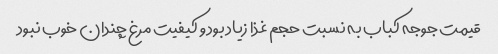
قیمت جوجه کباب به نسبت حجم غذا زیاد بود و کیفیت مرغ چندان خوب نبود